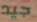
جيد